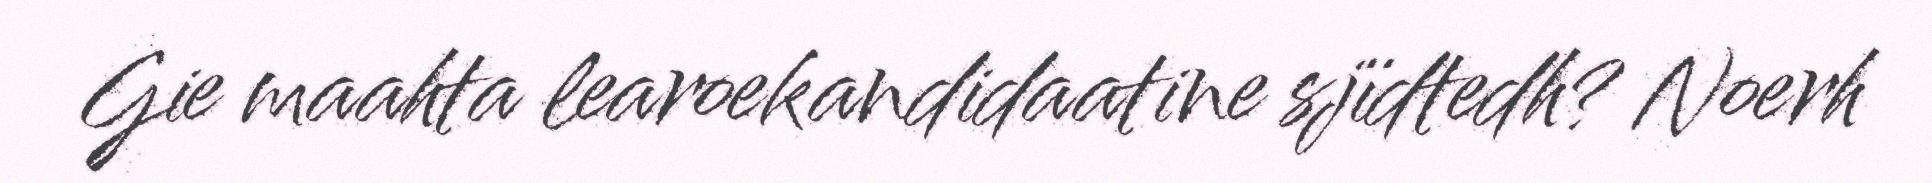
Gie maahta learoekandidaatine sjïdtedh? Noerh